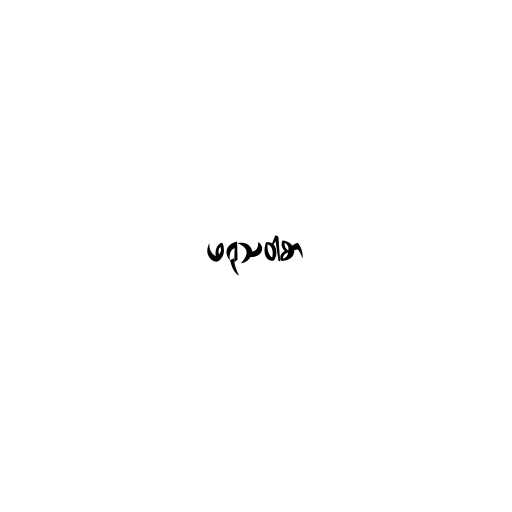
ဖရုသဝါစာ